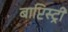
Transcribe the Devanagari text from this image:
बाप्टिस्ट्री